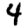
Digit: 4